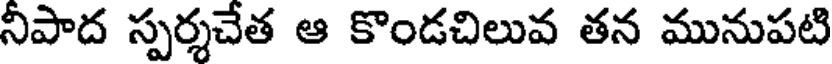
నీపాద స్పర్శచేత ఆ కొండచిలువ తన మునుపటి